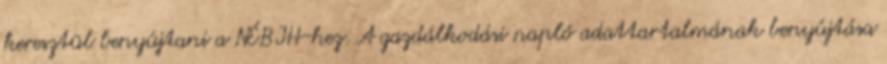
keresztül benyújtani a NÉBIH-hez. A gazdálkodási napló adattartalmának benyújtása